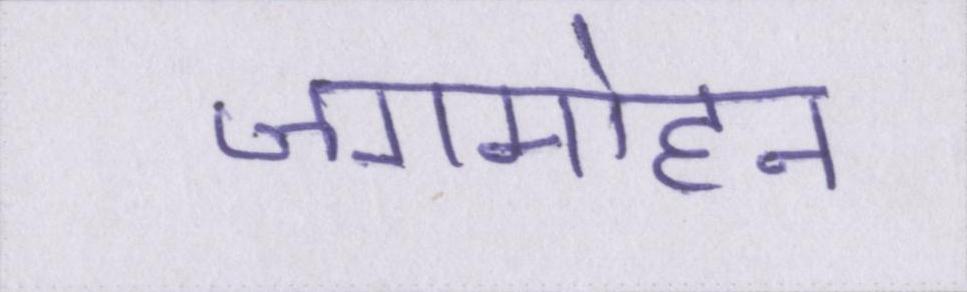
जगमोहन